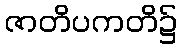
ဇာတိပကတိ၌